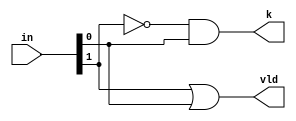
module LOD2(vld, k, in);
input [1:0] in;
output vld, k;

or (vld, in[1], in[0]);
and (k, ~in[1], in[0]);

endmodule